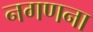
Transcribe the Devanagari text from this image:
नगणना